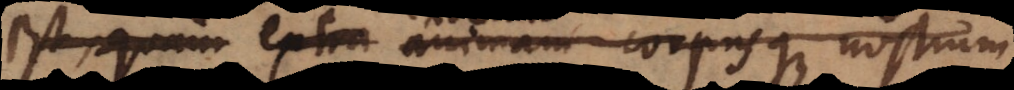
is extra animam corpusque nostru